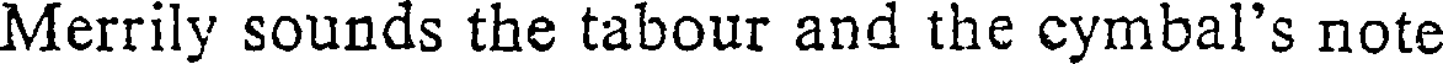
Merrily sounds the tabour and the cymbal's note